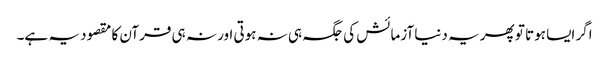
اگر ایسا ہوتا تو پھر یہ دنیا آزمائش کی جگہ ہی نہ ہوتی اور نہ ہی قرآن کا مقصود یہ ہے۔